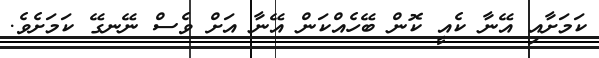
ކަމަށާއި އޭނާ ކެއީ ކޮން ބޭހެއްކަން އޭނާ އަށް ވެސް ނޭނގޭ ކަމަށެވެ.